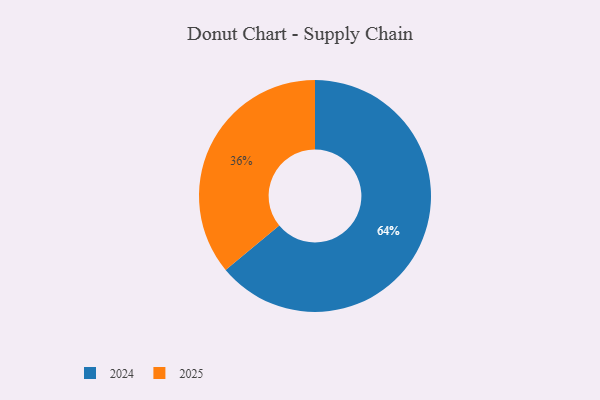
{"axis": {"x": "Category", "y": "Percentage"}, "legend": ["2024", "2025"], "data": [{"x": "2025", "y": 36, "type": "2025"}, {"x": "2024", "y": 64, "type": "2024"}]}